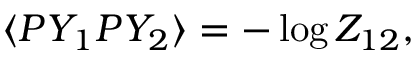
\langle P Y _ { 1 } P Y _ { 2 } \rangle = - \log Z _ { 1 2 } ,